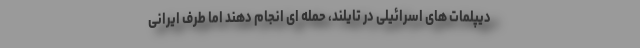
دیپلمات های اسرائیلی در تایلند، حمله ای انجام دهند اما طرف ایرانی